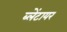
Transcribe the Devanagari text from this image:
ब्लेंटायर